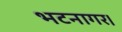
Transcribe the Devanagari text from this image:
भटनागर।